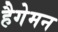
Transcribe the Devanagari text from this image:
हैगेमन